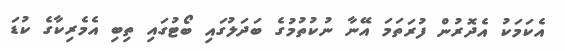
އެކަމަކު އެދޮރުން ފުރަތަމަ އޭނާ ނުކުތުމުގެ ބަދަލުގައި ބޯޓުގައި ތިބި އެމެރިކާގެ ކުޑަ